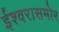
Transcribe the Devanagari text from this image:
ईश्वरासमोर